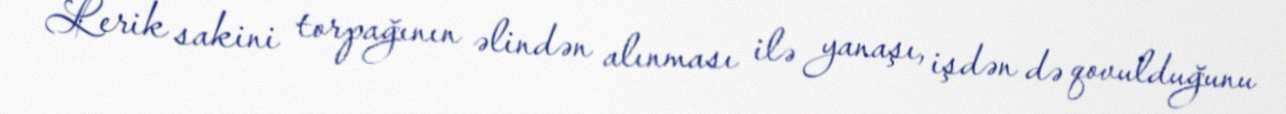
Lerik sakini torpağının əlindən alınması ilə yanaşı, işdən də qovulduğunu